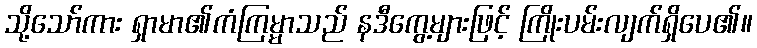
သို့သော်ကား ရှာမာ၏ကံကြမ္မာသည် နဒီကွေ့များဖြင့် ကြိုးပမ်းလျက်ရှိပေ၏။